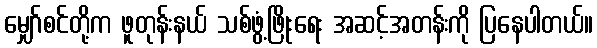
မျှော်စင်တို့က ဖူတုန်းနယ် သစ်ဖွံ့ဖြိုးရေး အဆင့်အတန်းကို ပြနေပါတယ်။